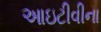
આઇટીવીના